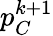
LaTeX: p_{C}^{k+1}